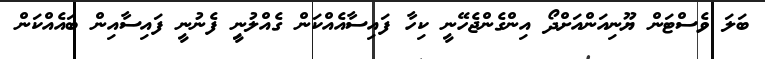
ބަލަ ވެސްޓަން ޔޫނިއަންއަށްދޯ އިންގެންޖެހޭނީ ކިހާ ފައިސާއެއްކަން ގެއްލުނިީ ފެނުނީ ފައިސާއިން ބައެއްކަން